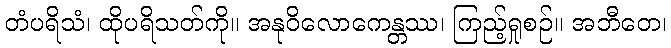
တံပရိသံ၊ ထိုပရိသတ်ကို။ အနုဝိလောကေန္တဿ၊ ကြည့်ရှုစဉ်။ အဘီတေ၊